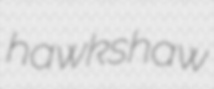
hawkshaw